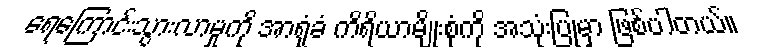
ရေကြောင်းသွားလာမှုကို အာရုံခံ ကိရိယာမျိုးစုံကို အသုံးပြုမှာ ဖြစ်ပါတယ်။